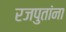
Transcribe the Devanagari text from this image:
रजपुतांना